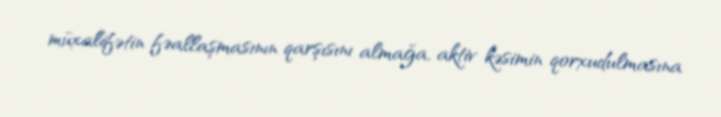
müxalifətin fəallaşmasının qarşısını almağa, aktiv kəsimin qorxudulmasına